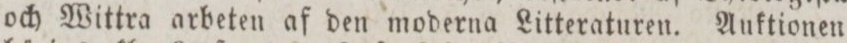
och Wittra arbeten af den moderna Litteraturen. Auktionen